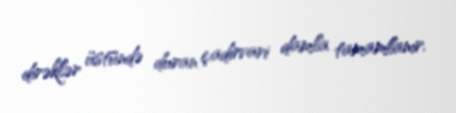
dirəklər üstündə duran çadırvari damla tamamlanır.